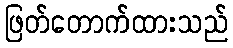
ဖြတ်တောက်ထားသည်